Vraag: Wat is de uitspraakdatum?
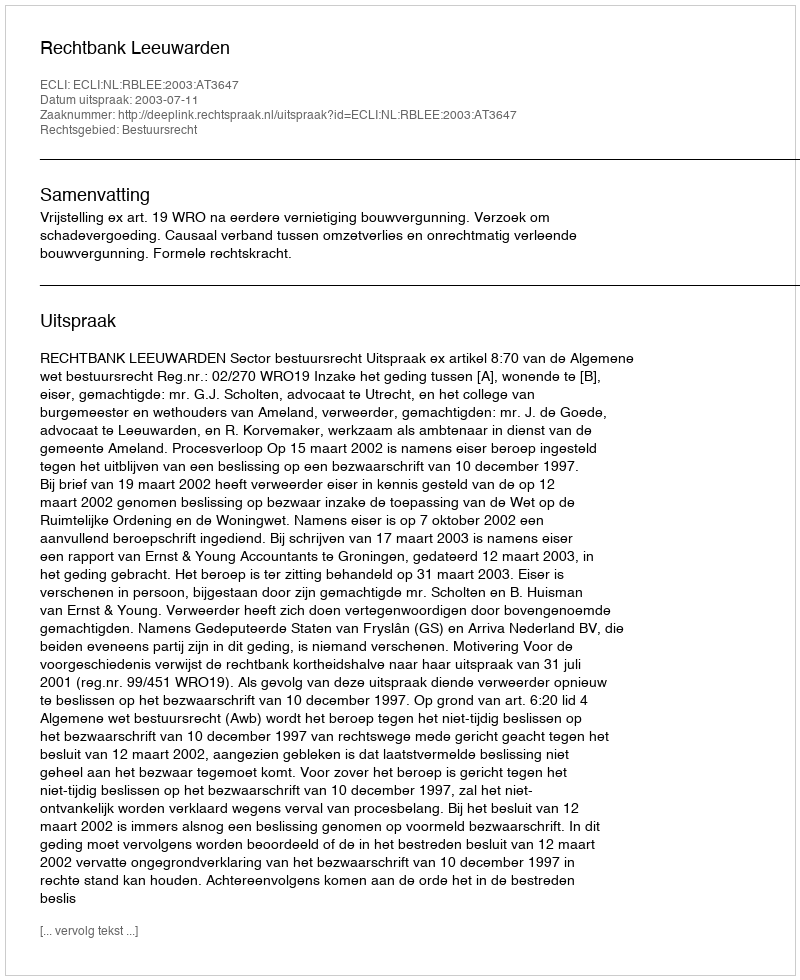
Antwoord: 2003-07-11